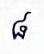
៨